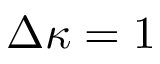
\Delta \kappa = 1